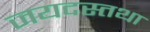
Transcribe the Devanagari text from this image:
जयदस्तथा